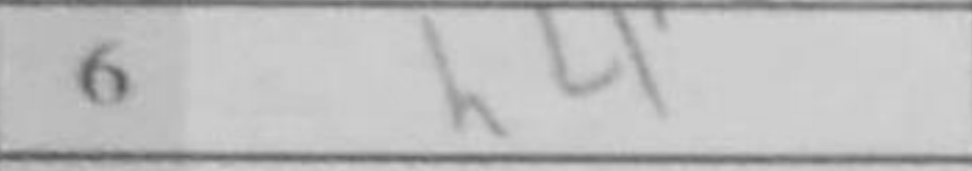
Transcription: h4